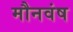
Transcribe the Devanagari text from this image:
मौनवंष